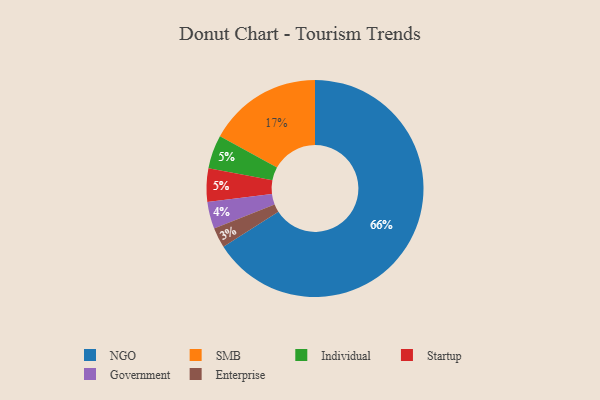
{"axis": {"x": "Category", "y": "Percentage"}, "legend": ["Enterprise", "Government", "Individual", "NGO", "SMB", "Startup"], "data": [{"x": "Individual", "y": 5, "type": "Individual"}, {"x": "Startup", "y": 5, "type": "Startup"}, {"x": "Enterprise", "y": 3, "type": "Enterprise"}, {"x": "NGO", "y": 66, "type": "NGO"}, {"x": "SMB", "y": 17, "type": "SMB"}, {"x": "Government", "y": 4, "type": "Government"}]}